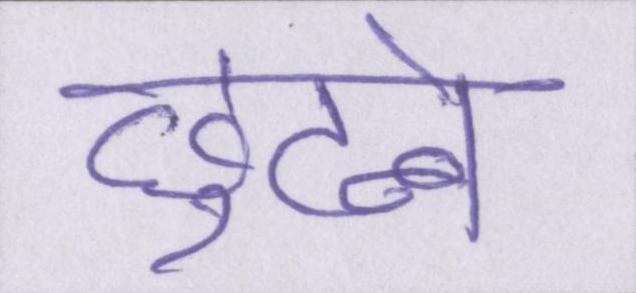
छुटने